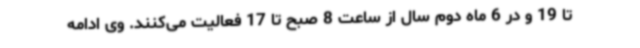
تا 19 و در 6‌ ماه دوم سال از ساعت 8 صبح تا 17 فعالیت می‌کنند. وی ادامه